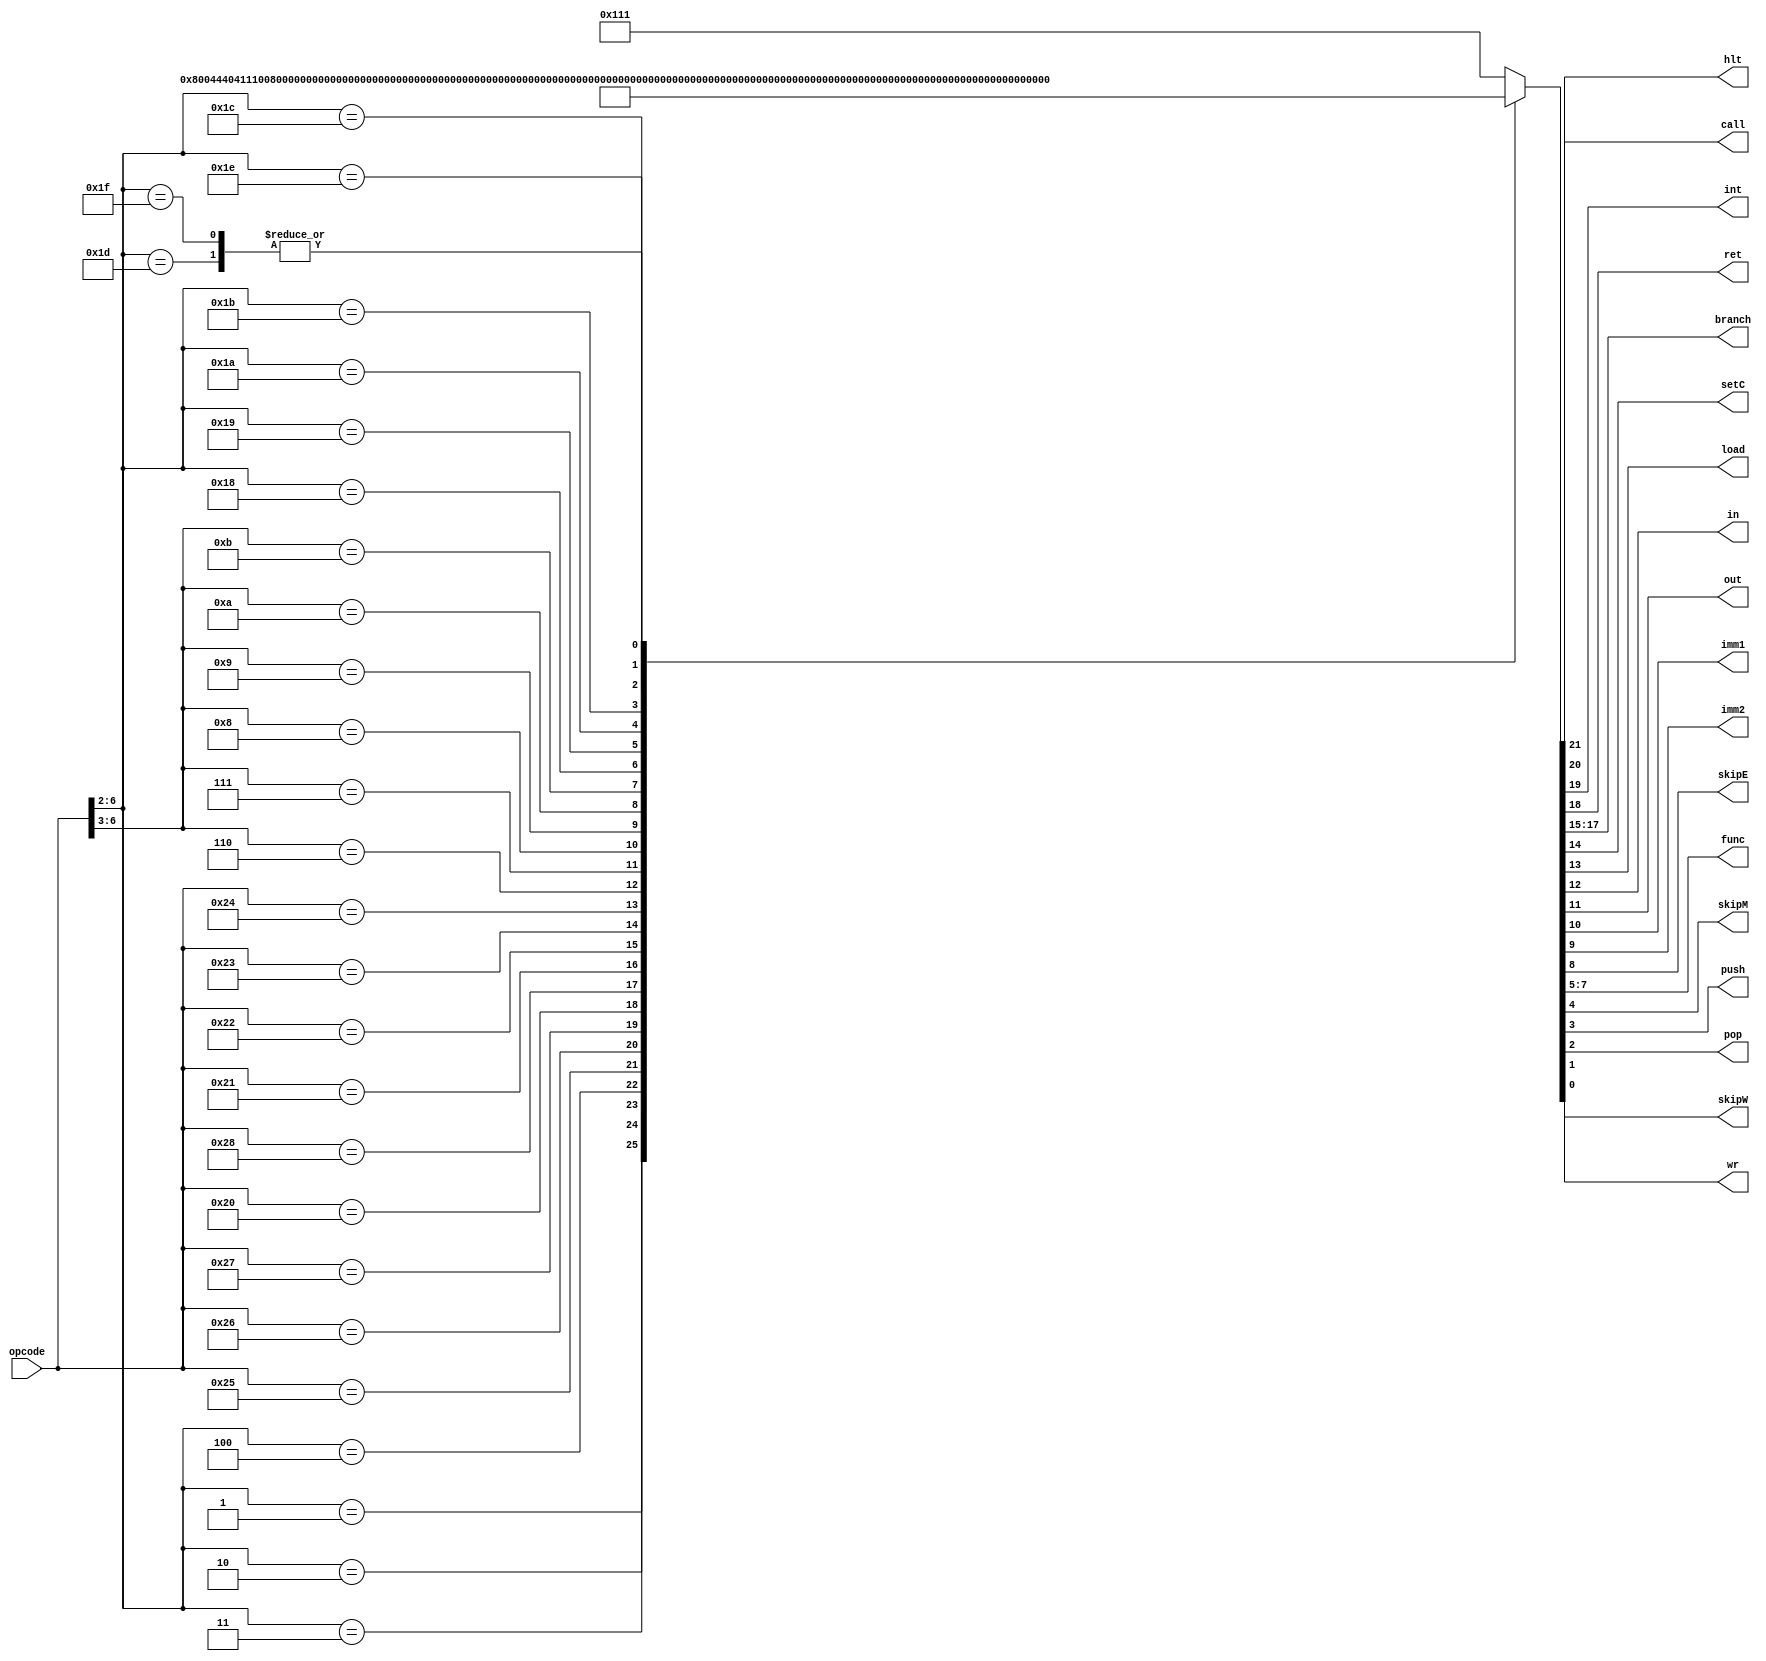
module control_logic (
  input [6:0] opcode,
  output wire hlt,
  output wire call, int, ret,
  output wire [2:0] branch,
  output wire setC, load,
  output wire in, out,
  output wire imm1, imm2,
  output wire skipE,
  output wire [2:0] func,
  output wire skipM, push, pop, wr,
  output wire skipW
);

  // Control Code
  reg [21:0] code;

  // Control Signals Extraction
  assign {hlt,
          call, int, ret,
          branch, setC, load, in, out,
          imm1, imm2,
          skipE, func,
          skipM, push, pop, wr,
          skipW} = code;

  // Control Code Lookup
  always @(*) begin
    casez (opcode)
      7'b00000??: code = 22'b0000000000000100010001; // NOP
      7'b00001??: code = 22'b1000000000000100010001; // HLT
      7'b00010??: code = 22'b0000000100000100010001; // SETC
      7'b00011??: code = 22'b0000000001000100010000; // IN
      7'b00100??: code = 22'b0000000000100100010001; // OUT
      7'b0100101: code = 22'b0000000000000010110000; // AND
      7'b0100110: code = 22'b0000000000000011010000; // ORR
      7'b0100111: code = 22'b0000000000000011110000; // NOT
      7'b0100000: code = 22'b0000000000000000010000; // ADD
      7'b0101000: code = 22'b0000000000001000010000; // IADD
      7'b0100001: code = 22'b0000000000000000110000; // SUB
      7'b0100010: code = 22'b0000000000000001010000; // INC
      7'b0100011: code = 22'b0000000000000001110000; // SHL
      7'b0100100: code = 22'b0000000000000010010000; // SHR
      7'b0110???: code = 22'b0000000000000100010000; // MOV
      7'b0111???: code = 22'b0000000000010100010000; // LDM
      7'b1000???: code = 22'b0000000000000100001011; // PUSH
      7'b1001???: code = 22'b0000000000000100000100; // POP
      7'b1010???: code = 22'b0000000010001000000000; // LDD
      7'b1011???: code = 22'b0000000000001000000011; // STD
      7'b11000??: code = 22'b0000101000000100010001; // JZ
      7'b11001??: code = 22'b0000110000000100010001; // JN
      7'b11010??: code = 22'b0000111000000100010001; // JC
      7'b11011??: code = 22'b0000100000000100010001; // JMP
      7'b11100??: code = 22'b0100000000000100001011; // CALL
      7'b11101??: code = 22'b0001000000000100000101; // RET
      7'b11110??: code = 22'b0010000000010100001011; // INT
      7'b11111??: code = 22'b0001000000000100000101; // RTI
      default: code = 22'b0000000000000100010001;
    endcase
  end

endmodule